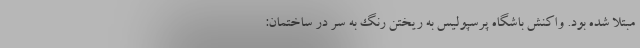
مبتلا شده بود. واکنش باشگاه پرسپولیس به ریختن رنگ به سر درِ ساختمان: